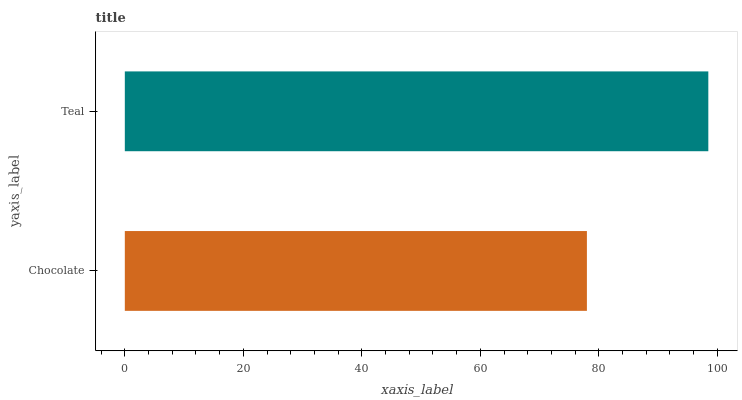
| yaxis_label | bars |
 | --- | --- |
 | Chocolate | 78 |
 | Teal | 98.5 |